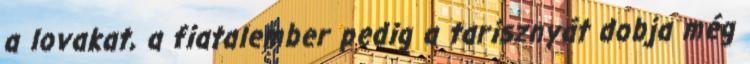
a lovakat, a fiatalember pedig a tarisznyát dobja még